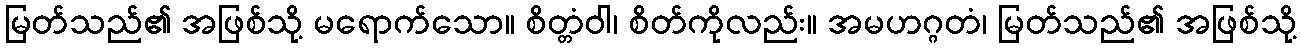
မြတ်သည်၏ အဖြစ်သို့ မရောက်သော။ စိတ္တံဝါ၊ စိတ်ကိုလည်း။ အမဟဂ္ဂတံ၊ မြတ်သည်၏ အဖြစ်သို့